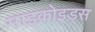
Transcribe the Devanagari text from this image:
माइक्रोइड्स